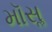
મૉસૢ